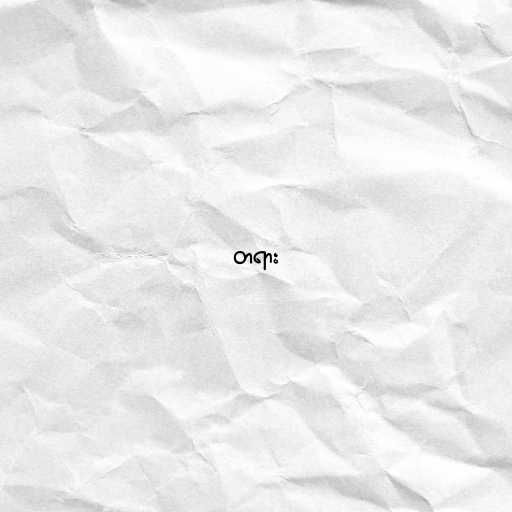
တရား